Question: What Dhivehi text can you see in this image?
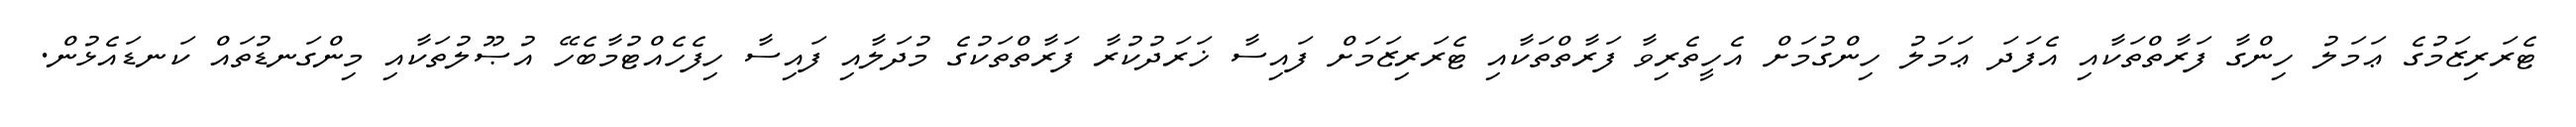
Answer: ޓެރަރިޒަމުގެ ޢަމަލު ހިންގާ ފަރާތްތަކާއި އެފަދަ ޢަމަލު ހިންގުމަށް އެހީތެރިވާ ފަރާތްތަކާއި ޓެރަރިޒަމަށް ފައިސާ ޚަރަދުކުރާ ފަރާތްތަކުގެ މުދަލާއި ފައިސާ ހިފެހެއްޓުމާބެހޭ އުޞޫލުތަކާއި މިންގަނޑުތައް ކަނޑައެޅުން.